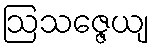
ဩသဇ္ဇေယျ